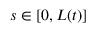
s \in [ 0 , L ( t ) ]